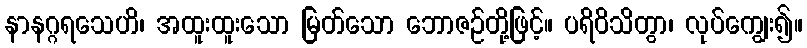
နာနဂ္ဂရသေဟိ၊ အထူးထူးသော မြတ်သော ဘောဇဉ်တို့ဖြင့်။ ပရိဝိသိတွာ၊ လုပ်ကျွေး၍။